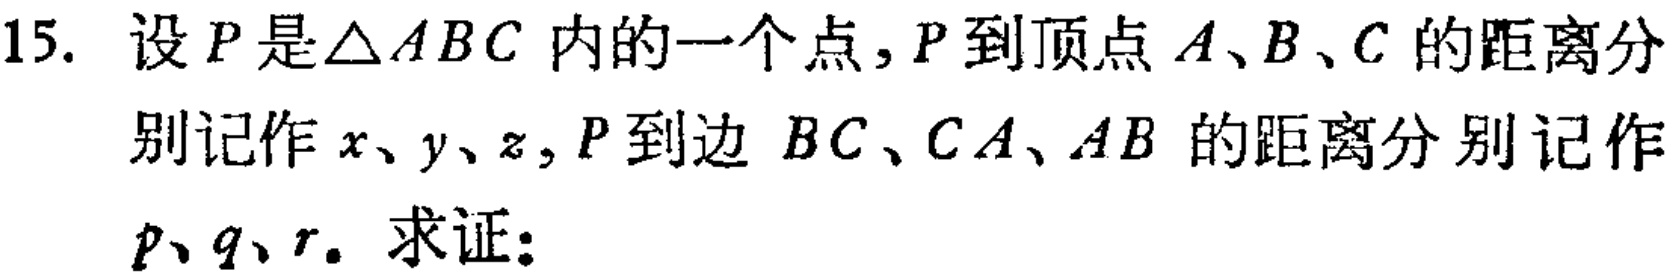
15. 设\(P\)是\(\triangle ABC\)内的一个点，\(P\)到顶点\(A、B、C\)的距离分别记作\(x、y、z\)，\(P\)到边 \(BC、CA、AB\) 的距离分别记作\(p、q、r\)。求证：